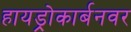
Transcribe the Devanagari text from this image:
हायड्रोकार्बनवर